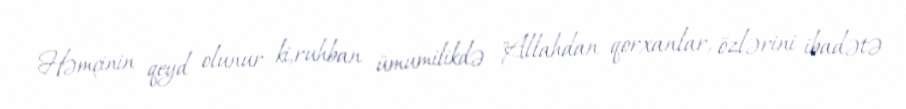
Həmçinin qeyd olunur ki,ruhban ümumilikdə "Allahdan qorxanlar, özlərini ibadətə